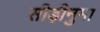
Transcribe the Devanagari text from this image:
सीड़ीनुमा